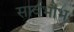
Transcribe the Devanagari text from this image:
सार्वभौभ